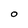
Character: O